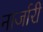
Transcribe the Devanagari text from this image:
नार्जारी